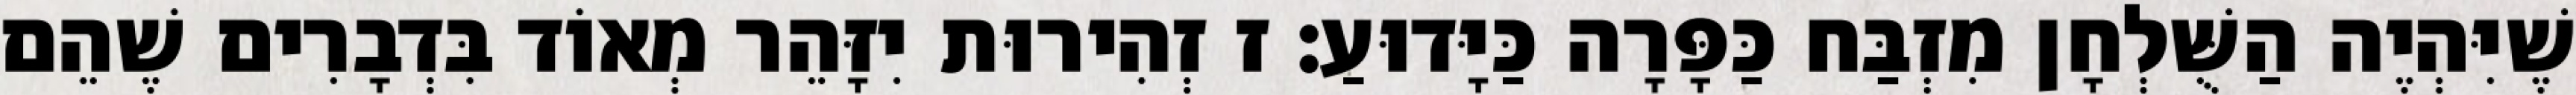
שֶׁיִּהְיֶה הַשֻּׁלְחָן מִזְבַּח כַּפָּרָה כַּיָּדוּעַ: ז זְהִירוּת יִזָּהֵר מְאוֹד בִּדְבָרִים שֶׁהֵם